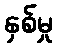
နှစ်မှု